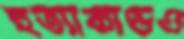
হত্যাকাণ্ডও